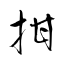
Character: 拑